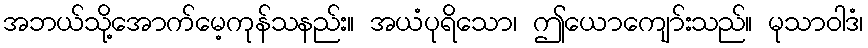
အဘယ်သို့အောက်မေ့ကုန်သနည်း။ အယံပုရိသော၊ ဤယောကျော်းသည်။ မုသာဝါဒံ၊